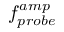
f _ { p r o b e } ^ { a m p }